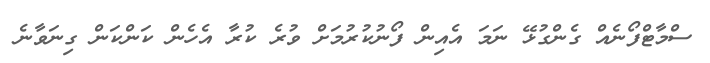
ސްމާޓްފޯނެއް ގެންގުޅޭ ނަމަ އެއިން ފޯނުކުރުމަށް ވުރެ ކުރާ އެހެން ކަންކަން ގިނަވާނެ